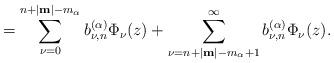
LaTeX: \begin{align*}=\sum_{\nu=0}^{n+|\textup{\textbf{m}}|-m_\alpha} b_{\nu,n}^{(\alpha)} \Phi_\nu(z)+\sum_{\nu=n+|\textup{\textbf{m}}|-m_\alpha+1}^{\infty} b_{\nu,n}^{(\alpha)} \Phi_\nu(z).\end{align*}